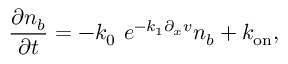
\frac { \partial n _ { b } } { \partial t } = - k _ { 0 } \ e ^ { - k _ { 1 } \partial _ { x } v } n _ { b } + k _ { \mathrm { o n } } ,